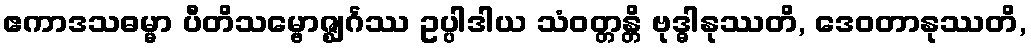
ဧကာဒသဓမ္မာ ပီတိသမ္ဗောဇ္ဈင်္ဂဿ ဥပ္ပါဒါယ သံဝတ္တန္တိ ဗုဒ္ဓါနုဿတိ, ဒေဝတာနုဿတိ,